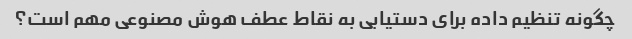
چگونه تنظیم داده برای دستیابی به نقاط عطف هوش مصنوعی مهم است؟